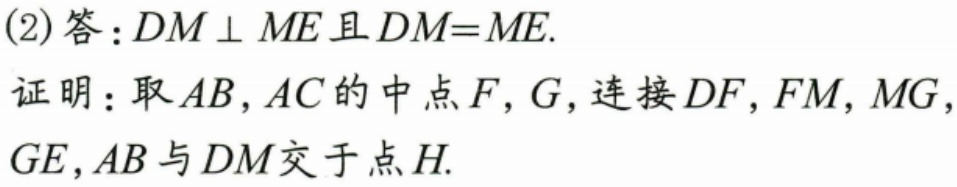
(2) 答：$DM\perp ME$且$DM = ME$.
证明：取$AB,AC$的中点$F,G$，连接$DF,FM,MG$，
$GE$，$AB$与$DM$交于点$H$.